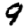
Digit: 9